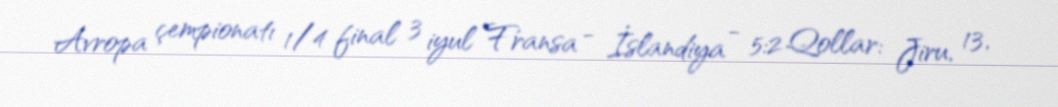
Avropa çempionatı 1/4 final 3 iyul Fransa - İslandiya - 5:2 Qollar: Jiru, 13,